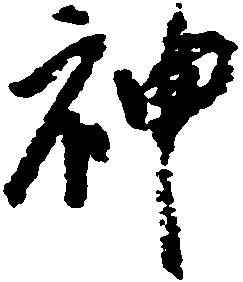
神